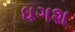
ધગશ